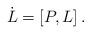
LaTeX: \begin{align*} \dot L = [ P, L ] \,.\end{align*}